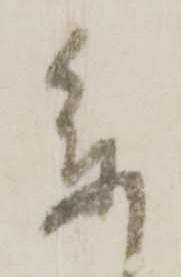
参